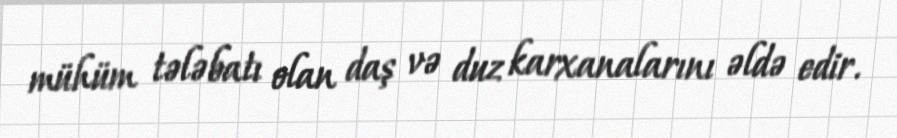
mühüm tələbatı olan daş və duz karxanalarını əldə edir.